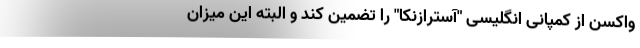
واکسن از کمپانی انگلیسی "آسترازنکا" را تضمین کند و البته این میزان